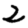
Digit: 2